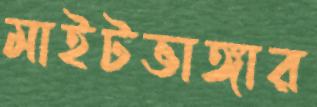
মাইটভাঙ্গার